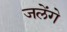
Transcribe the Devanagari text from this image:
जलेंगे